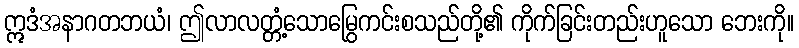
ဣဒံအနာဂတဘယံ၊ ဤလာလတ္တံ့သောမြွေကင်းစသည်တို့၏ ကိုက်ခြင်းတည်းဟူသော ဘေးကို။